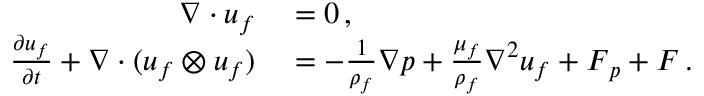
\begin{array} { r l } { \nabla \cdot \boldsymbol { u } _ { f } } & { { } = 0 \, , } \\ { \frac { \partial \boldsymbol { u } _ { f } } { \partial t } + \nabla \cdot ( \boldsymbol { u } _ { f } \otimes \boldsymbol { u } _ { f } ) } & { { } = - \frac { 1 } { \rho _ { f } } \nabla \boldsymbol { p } + \frac { \mu _ { f } } { \rho _ { f } } \nabla ^ { 2 } \boldsymbol { u } _ { f } + \boldsymbol { F } _ { p } + \boldsymbol { F } \, . } \end{array}